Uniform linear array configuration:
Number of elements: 12
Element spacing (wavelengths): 0.25
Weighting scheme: hann
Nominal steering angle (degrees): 15
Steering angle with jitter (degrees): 14.12
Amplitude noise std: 0.05
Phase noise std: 0.05

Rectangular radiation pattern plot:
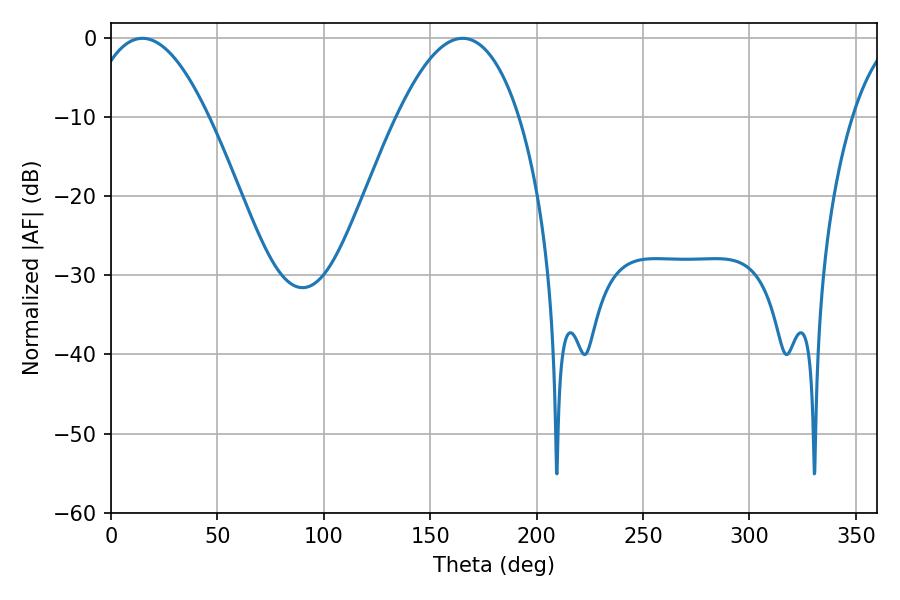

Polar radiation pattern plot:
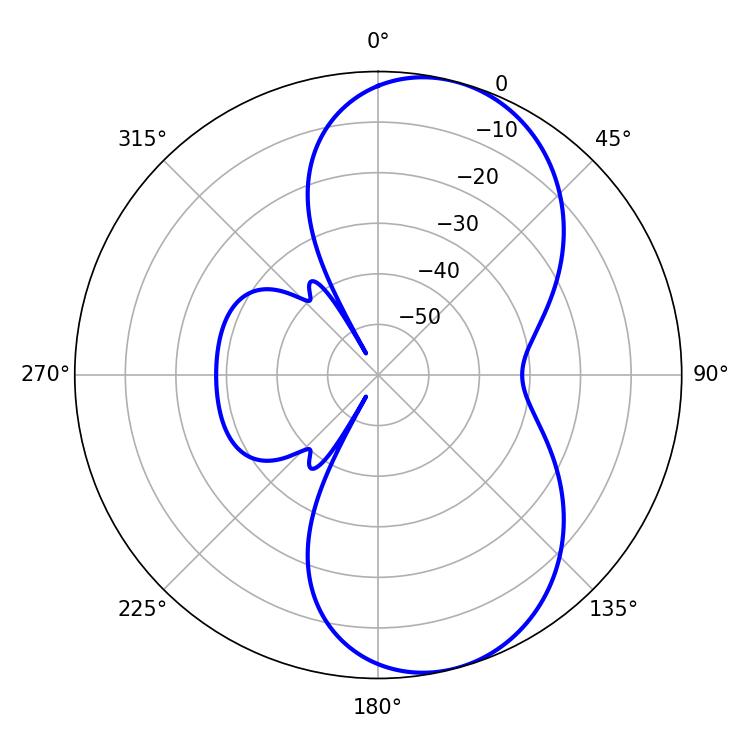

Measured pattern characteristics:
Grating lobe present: FALSE
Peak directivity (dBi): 7.913
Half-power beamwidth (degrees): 31.32
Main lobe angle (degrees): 14.76